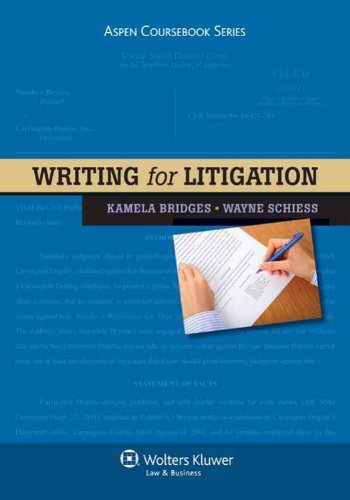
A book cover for Writing for Litigation (Aspen Coursebooks); Kamela Bridges; Law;